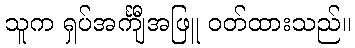
သူက ရှပ်အင်္ကျီအဖြူ ဝတ်ထားသည်။